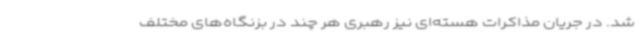
شد. در جریان مذاکرات هسته‌ای نیز رهبری هر چند در بزنگاه‌های مختلف